Vaccination in Bombay 1856-1862 - 1856-1862
Year: 1856
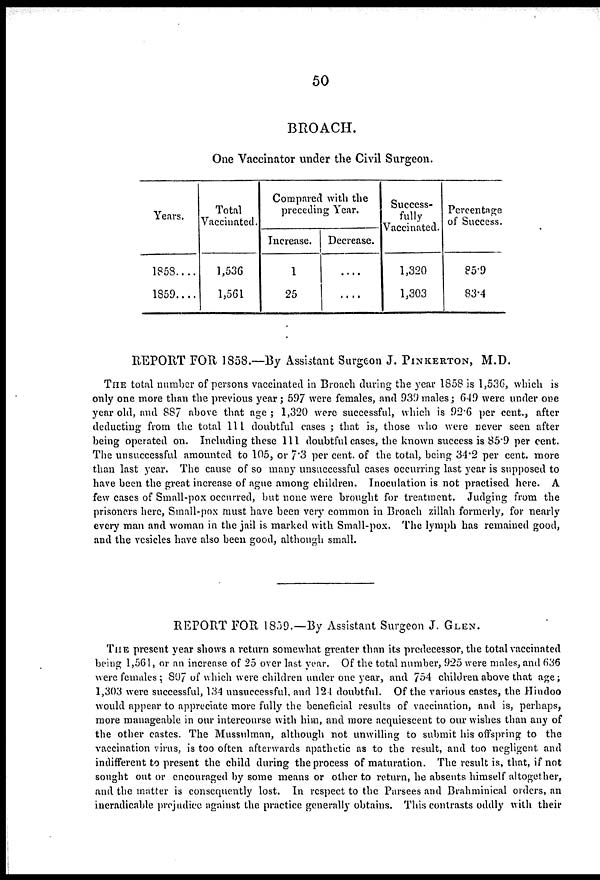
50
BROACH.
One Vaccinator under the Civil Surgeon.
Years.
1853....
1859....
Total
Vaccinated.
1,536
1,561
Compared with the
preceding Year.
Increase.
1
25
Decrease.
....
....
Success-
fully
Vaccinated.
1,320
1,303
Percentage
of Success.
85.9
83.4
REPORT FOR 1858.—By Assistant Surgeon J. PINKERTON, M.D.
THE total number of persons vaccinated in Broach during the year 1858 is 1,536, which is
only one more than the previous year; 597 were females, and 939 males; 649 were under one
year old, and 887 above that age ; 1,320 were successful, which is 92.6 per cent., after
deducting from the total 111 doubtful cases ; that is, those who were never seen after
being operated on. Including these 111 doubtful cases, the known success is 85.9 per cent.
The unsuccessful amounted to 105, or 7.3 per cent. of the total, being 34.2 per cent. more
than last year. The cause of so many unsuccessful cases occurring last year is supposed to
have been the great increase of ague among children. Inoculation is not practised here. A
few cases of Small-pox occurred, but none were brought for treatment. Judging from the
prisoners here, Small-pox must have been very common in Broach zillah formerly, for nearly
every man and woman in the jail is marked with Small-pox. The lymph has remained good,
and the vesicles have also been good, although small.
REPORT FOR 1839.—By Assistant Surgeon J. GLEN.
THE present year shows a return somewhat greater than its predecessor, the total vaccinated
being 1,561, or an increase of 25 over last year. Of the total number, 925 were males, and 636
were females ; 807 of which were children under one year, and 754 children above that age;
1,303 were successful, 134 unsuccessful, and 124 doubtful. Of the various castes, the Hindoo
would appear to appreciate more fully the beneficial results of vaccination, and is, perhaps,
more manageable in our intercourse with him, and more acquiescent to our wishes than any of
the other castes. The Mussulman, although not unwilling to submit his offspring to the
vaccination virus, is too often afterwards apathetic as to the result, and too negligent and
indifferent to present the child during the process of maturation. The result is, that, if not
sought out or encouraged by some means or other to return, he absents himself altogether,
and the matter is consequently lost. In respect to the Parsees and Brahminical orders, an
ineradicable prejudice against the practice generally obtains. This contrasts oddly with their